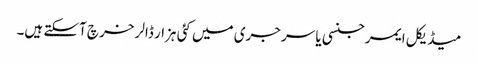
میڈیکل ایمرجنسی یا سرجری میں کئی ہزار ڈالر خرچ آسکتے ہیں۔